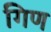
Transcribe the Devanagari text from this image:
गिण